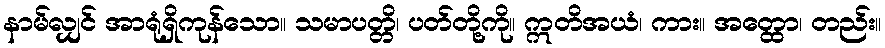
နာမ်လျှင် အာရုံရှိကုန်သော။ သမာပတ္တိ၊ ပတ်တို့ကို။ ဣတိအယံ၊ ကား။ အတ္ထော၊ တည်း။